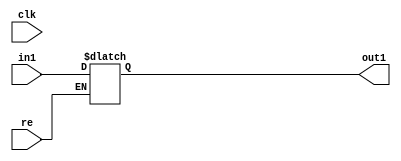
`timescale 1ns / 1ps
//////////////////////////////////////////////////////////////////////////////////
// Company: 
// Engineer: 
// 
// Design Name: 
// Module Name: R
// Project Name: 
// Target Devices: 
// Tool Versions: 
// Description: 
// 
// Dependencies: 
// 
// Revision:
// Revision 0.01 - File Created
// Additional Comments:
// 
//////////////////////////////////////////////////////////////////////////////////


module R(in1,out1,clk,re);
	input clk,re;
	input [7:0]in1;
	output [7:0]out1;
	reg [7:0]out1;
	
	always @(clk)
    begin
		if (re)
			out1 <= in1;
	end
	
endmodule